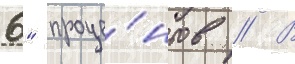
6" проце́нтов // В